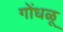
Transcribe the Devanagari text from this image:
गोंधळू